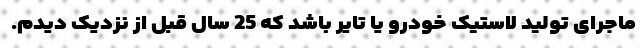
ماجرای تولید لاستیک خودرو یا تایر باشد که 25 سال قبل از نزدیک دیدم.